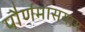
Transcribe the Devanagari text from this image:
पौर्णमासयाग